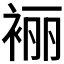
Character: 𰳼